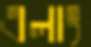
এলাং